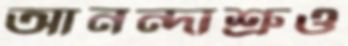
আনন্দাশ্রুও